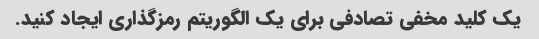
یک کلید مخفی تصادفی برای یک الگوریتم رمزگذاری ایجاد کنید.